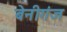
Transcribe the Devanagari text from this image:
बेनीगंज